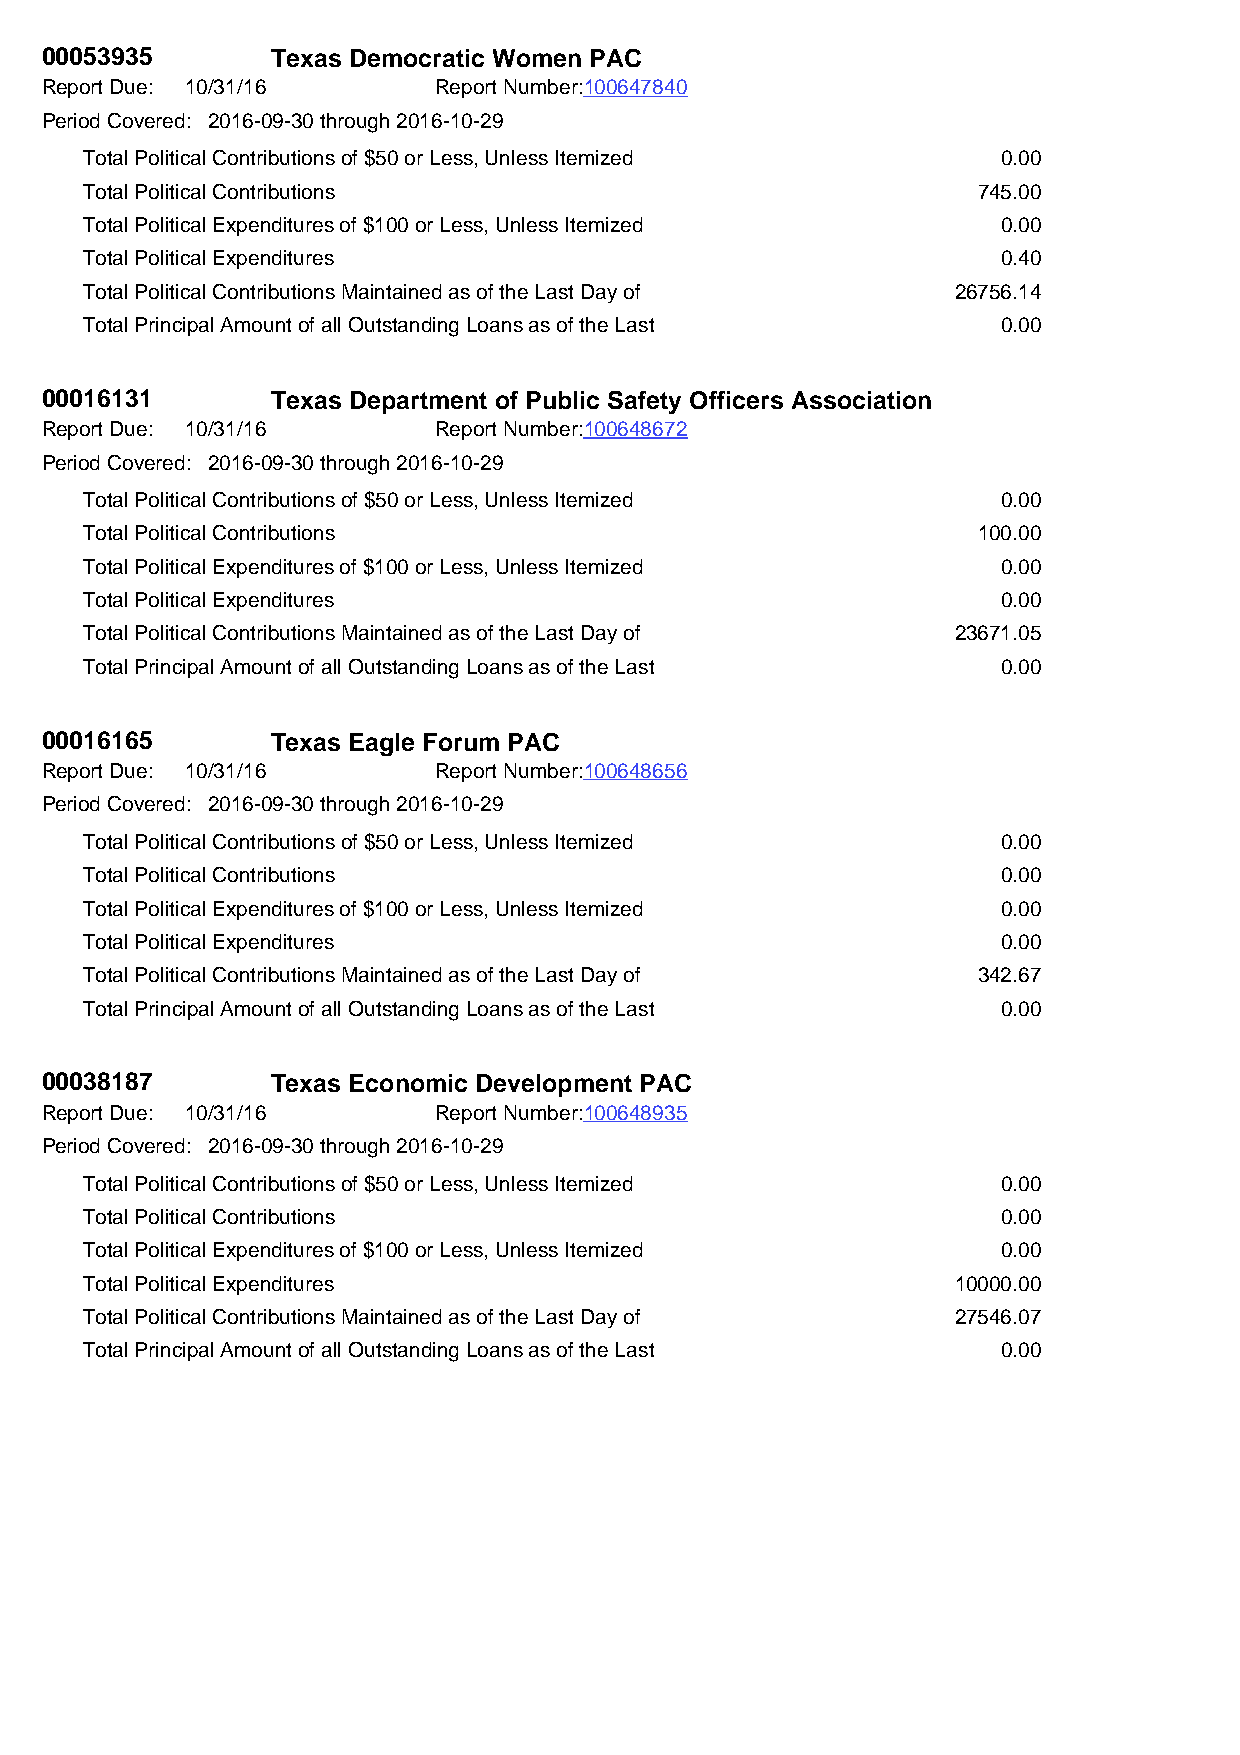
00053935       Texas Democratic Women PAC
 Report Due: 10/31/16      Report Number:100647840
 Period Covered: 2016-09-30 through 2016-10-29
 Total Political Contributions of $50 or Less, Unless Itemized 0.00
 Total Political Contributions                              745.00
 Total Political Expenditures of $100 or Less, Unless Itemized 0.00
 Total Political Expenditures                                0.40
 Total Political Contributions Maintained as of the Last Day of 26756.14
 Total Principal Amount of all Outstanding Loans as of the Last 0.00
 00016131       Texas Department of Public Safety Officers Association
 Report Due: 10/31/16      Report Number:100648672
 Period Covered: 2016-09-30 through 2016-10-29
 Total Political Contributions of $50 or Less, Unless Itemized 0.00
 Total Political Contributions                              100.00
 Total Political Expenditures of $100 or Less, Unless Itemized 0.00
 Total Political Expenditures                                0.00
 Total Political Contributions Maintained as of the Last Day of 23671.05
 Total Principal Amount of all Outstanding Loans as of the Last 0.00
 00016165       Texas Eagle Forum PAC
 Report Due: 10/31/16      Report Number:100648656
 Period Covered: 2016-09-30 through 2016-10-29
 Total Political Contributions of $50 or Less, Unless Itemized 0.00
 Total Political Contributions                               0.00
 Total Political Expenditures of $100 or Less, Unless Itemized 0.00
 Total Political Expenditures                                0.00
 Total Political Contributions Maintained as of the Last Day of 342.67
 Total Principal Amount of all Outstanding Loans as of the Last 0.00
 00038187       Texas Economic Development PAC
 Report Due: 10/31/16      Report Number:100648935
 Period Covered: 2016-09-30 through 2016-10-29
 Total Political Contributions of $50 or Less, Unless Itemized 0.00
 Total Political Contributions                               0.00
 Total Political Expenditures of $100 or Less, Unless Itemized 0.00
 Total Political Expenditures                             10000.00
 Total Political Contributions Maintained as of the Last Day of 27546.07
 Total Principal Amount of all Outstanding Loans as of the Last 0.00